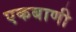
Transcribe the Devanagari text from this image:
एकबाणी